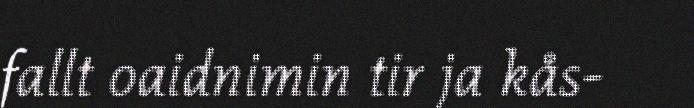
fallt oaidnimin tir ja kås-